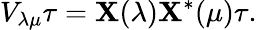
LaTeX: V_{\lambda\mu}\tau=\mathbf{X}(\lambda)\mathbf{X}^{*}(\mu)\tau.